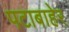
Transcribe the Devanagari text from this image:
पटाबाहेर